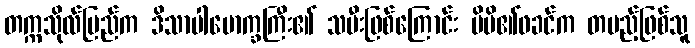
တက္ကသိုလ်ပြည်က ဒိသာပါမောက္ခကြီး၏ သမီးဖြစ်ကြောင်း မိမိ၏ဖခင်က တပည့်ဖြစ်သူ